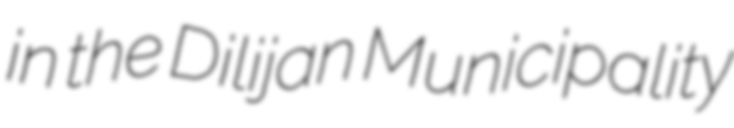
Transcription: in the Dilijan Municipality